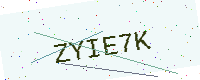
Text: ZYIE7K